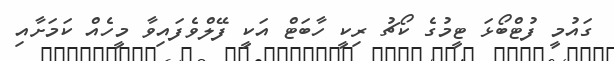
ގައުމީ ފުޓްބޯޅަ ޓީމުގެ ކޯޗު ރިކީ ހާބަޓް އަކީ ފޭލްވެފައިވާ މީހެއް ކަމަށާއި